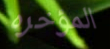
المؤخره